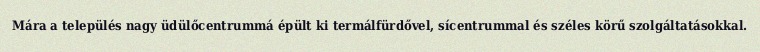
Mára a település nagy üdülőcentrummá épült ki termálfürdővel, sícentrummal és széles körű szolgáltatásokkal.